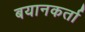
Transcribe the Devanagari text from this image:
बयानकर्ता